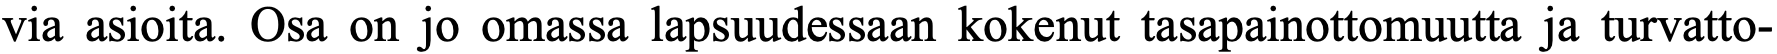
via asioita. Osa on jo omassa lapsuudessaan kokenut tasapainottomuutta ja turvatto-